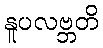
နူပလဗ္ဘတိ